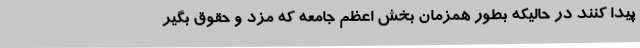
پیدا کنند در حالیکه بطور همزمان بخش اعظم جامعه که مزد و حقوق بگیر